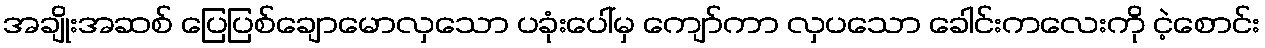
အချိုးအဆစ် ပြေပြစ်ချောမောလှသော ပခုံးပေါ်မှ ကျော်ကာ လှပသော ခေါင်းကလေးကို ငဲ့စောင်း